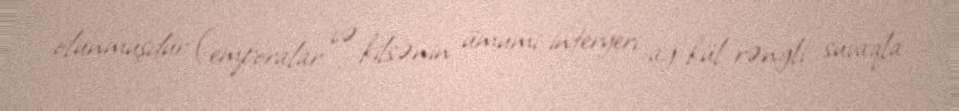
olunmuşdur (emporalar və kilsənin ümumi interyeri ağ-kül rəngli suvaqla